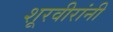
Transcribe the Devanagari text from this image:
शूरवीरांनी